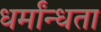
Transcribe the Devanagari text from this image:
धर्मांन्धता